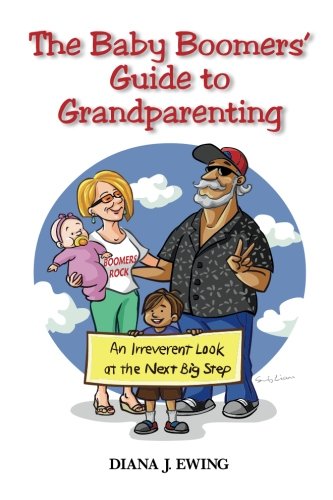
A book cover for The Baby Boomers' Guide to Grandparenting: An Irreverent Look at the Next Big Step; Diana J. Ewing; Parenting & Relationships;